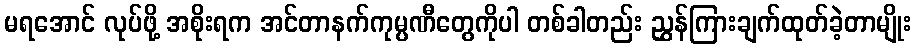
မရအောင် လုပ်ဖို့ အစိုးရက အင်တာနက်ကုမ္ပဏီတွေကိုပါ တစ်ခါတည်း ညွှန်ကြားချက်ထုတ်ခဲ့တာမျိုး